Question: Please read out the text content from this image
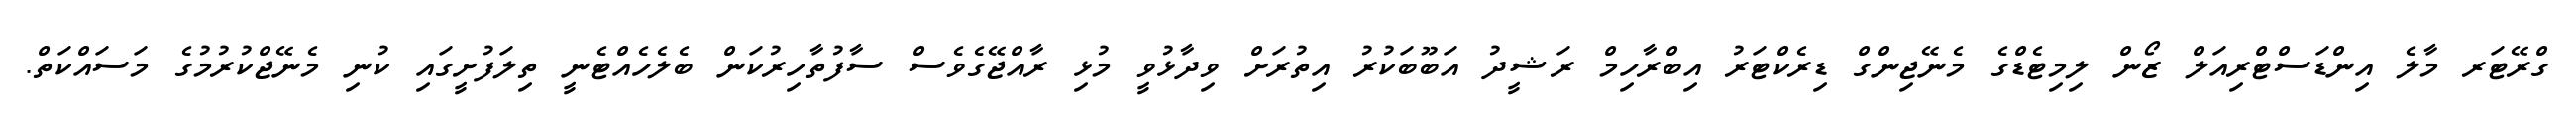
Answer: ގްރޭޓަރ މާލެ އިންޑަސްޓްރިއަލް ޒޯން ލިމިޓެޑްގެ މެނޭޖިންގް ޑިރެކްޓަރު އިބްރާހިމް ރަޝީދު އަބޫބަކުރު އިތުރަށް ވިދާޅުވީ މުޅި ރާއްޖޭގެވެސް ސާފުތާހިރުކަން ބެލެހެއްޓެނީ ތިލަފުށީގައި ކުނި މެނޭޖްކުރުމުގެ މަސައްކަތް.